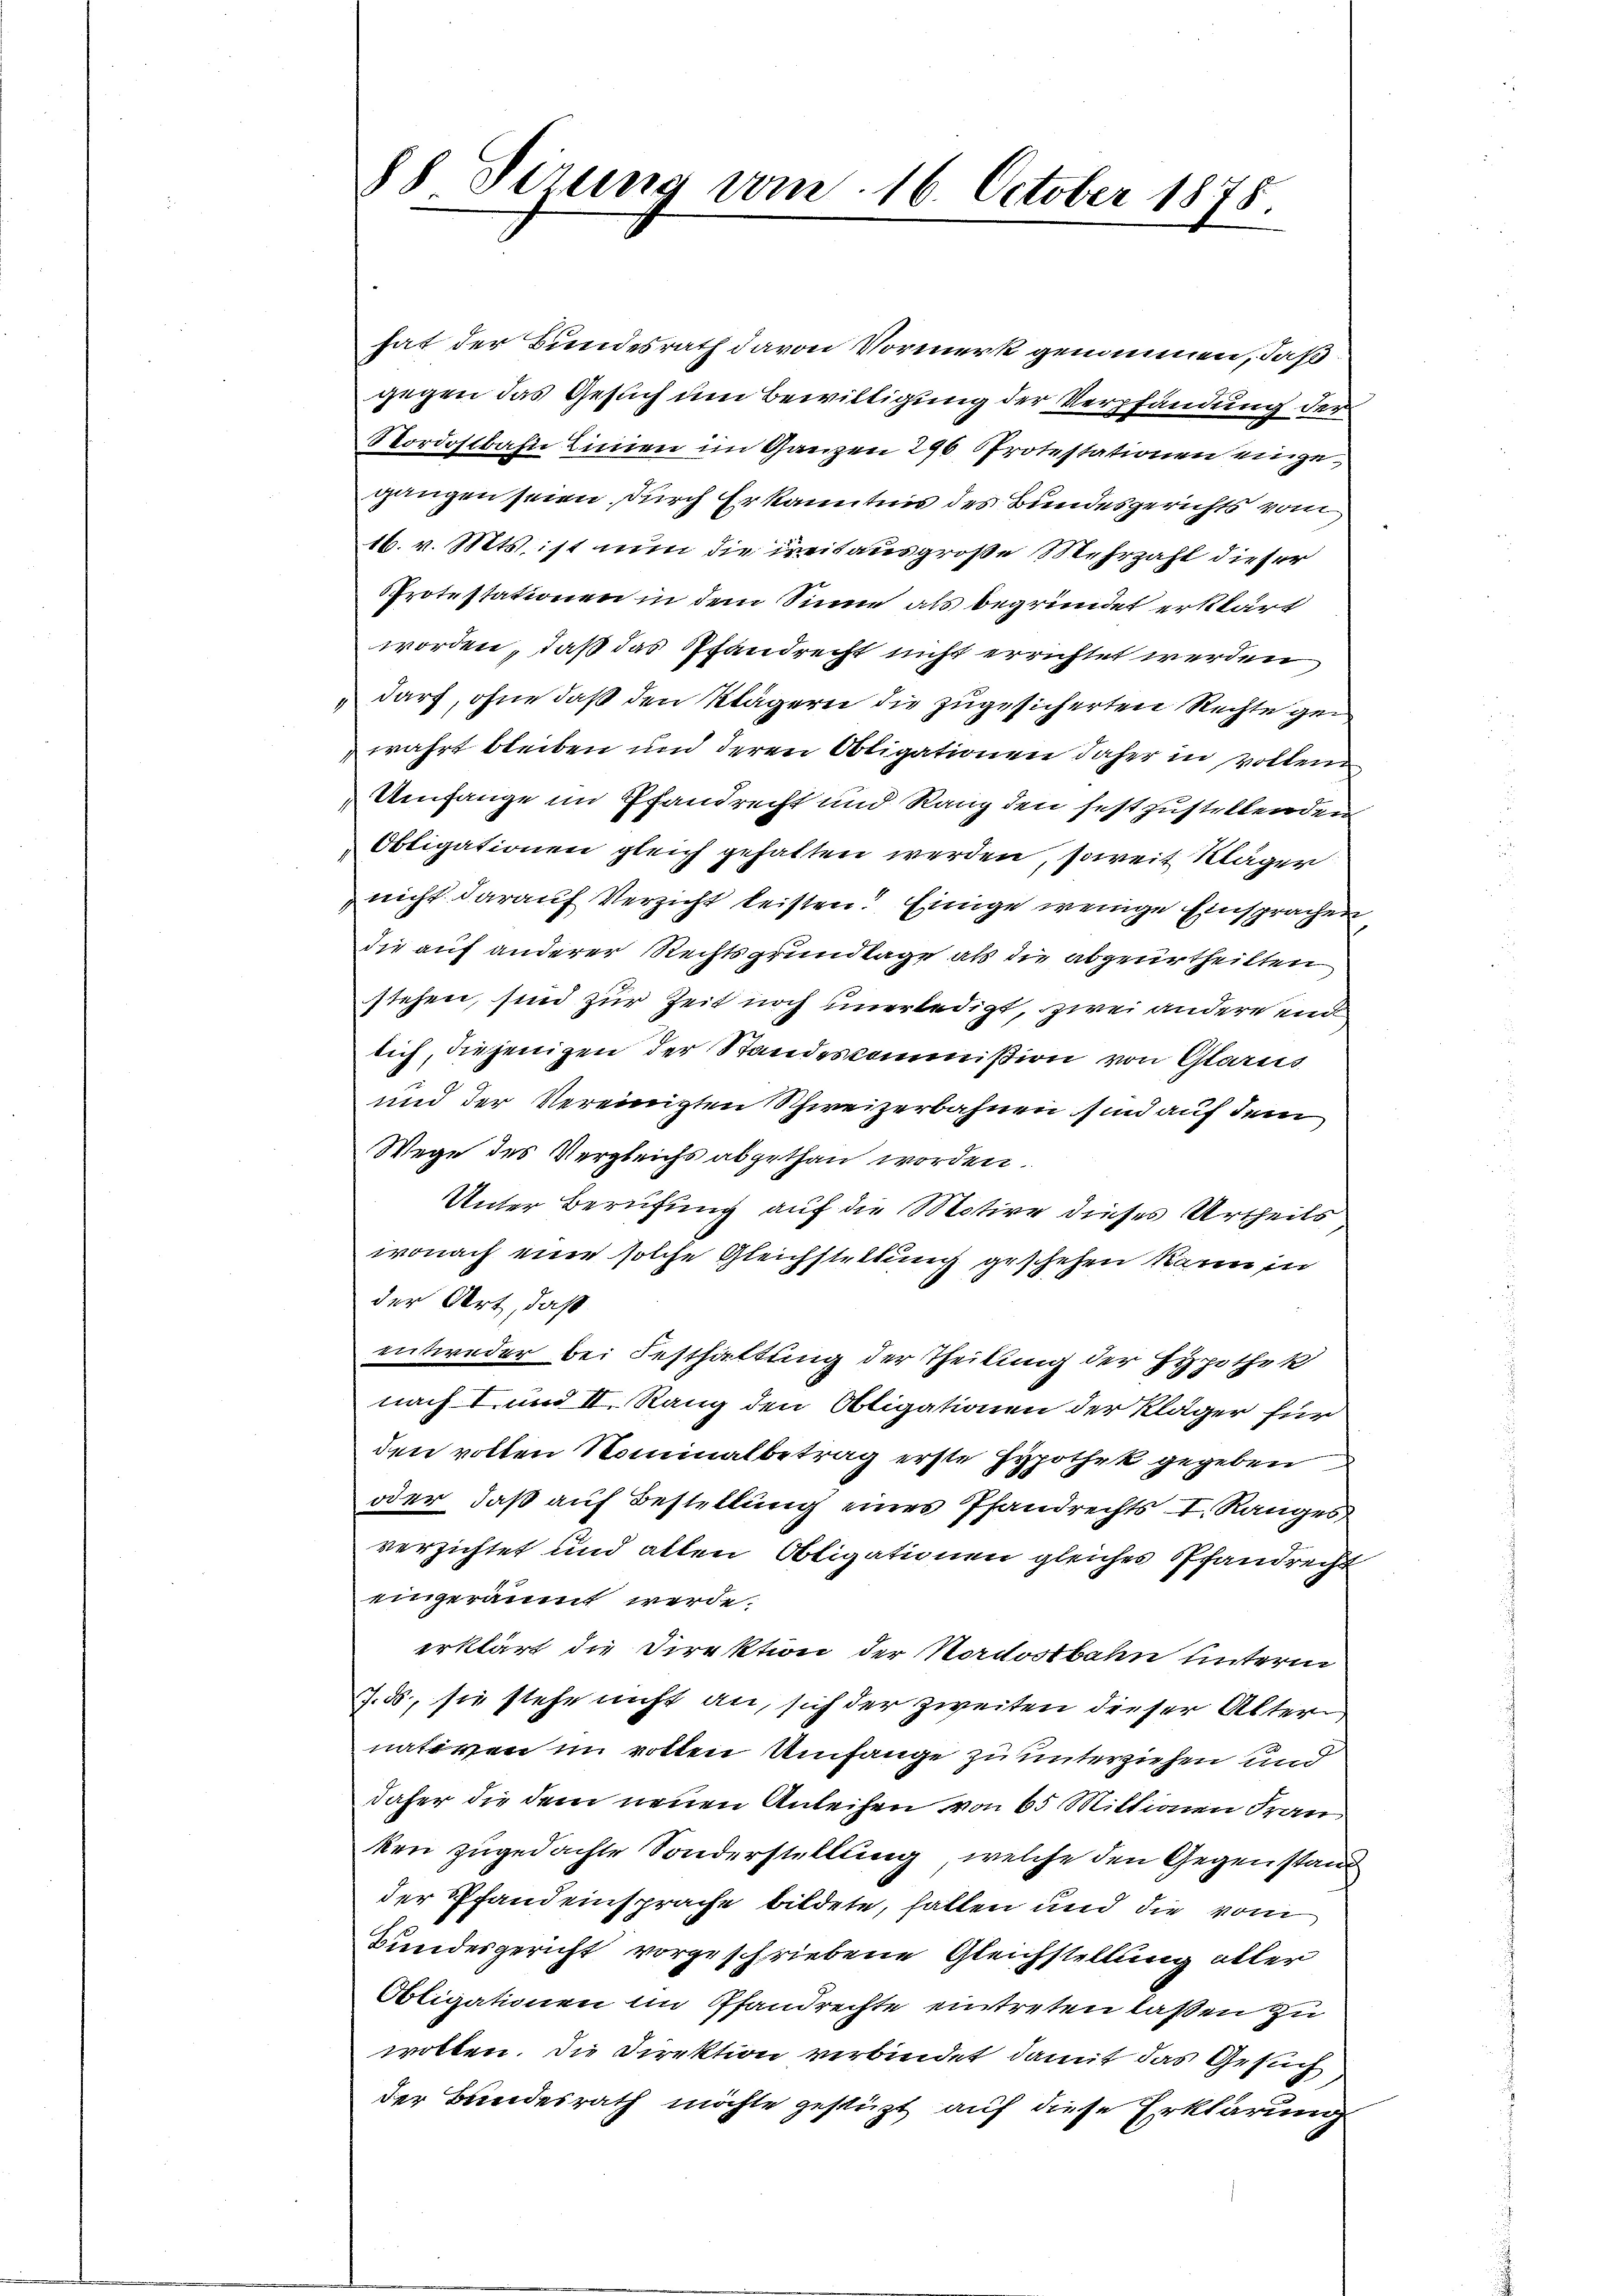
88 Dezung vom 16. October 1878.

hat der Bundesrath davon Vormerk genommen, daß
gegen das Gesuch um Bewilligung der Verpfändung der
Nordostbahn Linien im Ganzen 296 Protestationen eingegangen seien, durch Erkanntnis des Bundesgerichts vom
16. v. Mts. ist nun die weitausgroße Mehrzahl dieser
Protestationen in dem Sinne als begründet erklärt
worden, daß das Pfandrecht nicht errichtet werden
darf, ohne daß den Klägern die zugesicherten Rechte gen
wahrt bleiben und deren Obligationen daher in vollend
Umfange im Pfandrecht und Rang den festzustellenden
Obligationen gleich gehatten werden, soweit Kläger
nicht darauf Verzicht leisten? Einige wenige Einsprachen
die auf anderer Rechtsgrundlage als die abgeurtheilten
stehen, sind zur Zeit noch unerledigt, zwei andere end
lich, diejenigen der Standeskommißion von Glarus
und der Vereinigten Schweizerbahnen sind auf dem
Wege des Vergleichs abgethan worden.
Unter Berufung auf die Motive dieses Urtheils
wonach eine solche Gleichstettung geschehen kann in
der Art, daß
entweder bei Festhaltung der Theilung der Hypothek
nach I und II. Rang den Obligationen der Kläger für
den vollen Nominalbetrag erste Hypothek gegeben
oder, daß auf Bestellung eines Pfandrechts I. Ranges
verzichtet und allen Obligationen gleiches Pfandrecht
eingeräumt werde.
erklärt die Direktion der Nordostbahn unterm
J. ds., sie stehe nicht an, sich der zweiten dieser Alter
nativen im rotten Umfange zu unterziehen und
daher die dem neuen Anleihen von 65 Miktionen Fran
ken zugedachte Sonderstellung, welche den Gegenstand
der Pfand einsprache bildete, hatten und die vom
Bundesgericht vorgeschriebene Gleichstellung aller
Obligationen im Pfandrechte eintreten laßen zu
wollen. Die Direktion verbindet damit das Gesuch
der Bundesrath möchte gestüzt auf diese Erklärung